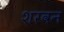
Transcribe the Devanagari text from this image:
शरवन